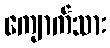
ကျောက်သား